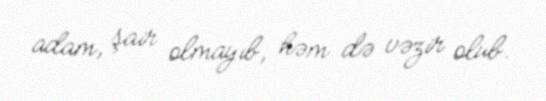
adam, şair olmayıb, həm də vəzir olub.